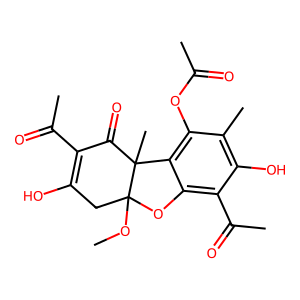
SMILES: COC12CC(O)=C(C(C)=O)C(=O)C1(C)c1c(OC(C)=O)c(C)c(O)c(C(C)=O)c1O2
Inhibits HIV replication: No